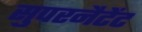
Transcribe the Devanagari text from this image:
सुपरनैटेंट